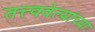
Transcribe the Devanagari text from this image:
तत्त्ववेत्यांच्या